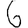
Digit: 6